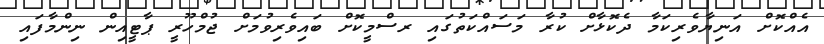
އެއްކޮށް އަނިޔާވެރިކަމާ ދެކޮޅާށް ކުރާ މަސައްކަތުގައި ރސްމީކޮށް ބައިވެރިވުމަށް ޖުމްހޫރީ ޕާޓީއިން ނިންމާފައި